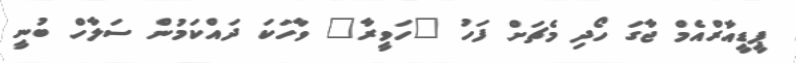
ޕީޑީއާރްއެމް ޖާގަ ހޯދި މެޗަށް ފަހު "ހަވީރާ" ވާހަކަ ދައްކަމުން ސަލާހް ބުނީ